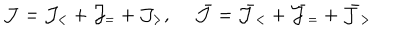
{ \cal J } = { \cal J } _ { < } + { \cal J } _ { = } + { \cal J } _ { > } , ~ ~ \bar { \cal J } = \bar { \cal J } _ { < } + \bar { \cal J } _ { = } + \bar { \cal J } _ { > }